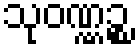
သုဝဏ္ဏဉ္စ